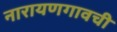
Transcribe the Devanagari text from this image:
नारायणगावची